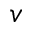
v